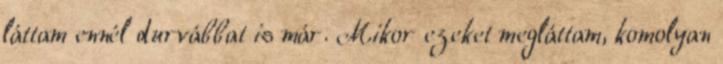
láttam ennél durvábbat is már. Mikor ezeket megláttam, komolyan